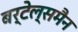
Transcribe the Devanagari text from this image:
बर्टेल्समैन